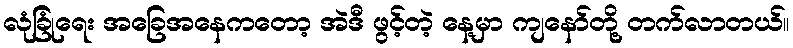
လုံခြုံရေး အခြေအနေကတော့ အဲဒီ ဖွင့်တဲ့ နေ့မှာ ကျနော်တို့ တက်လာတယ်။